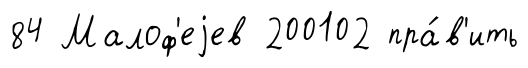
84 Малоф'еjев 200102 пра́в'ить